Report on vaccination in Madras 1904-1921 - 1904-1921
Year: 1904
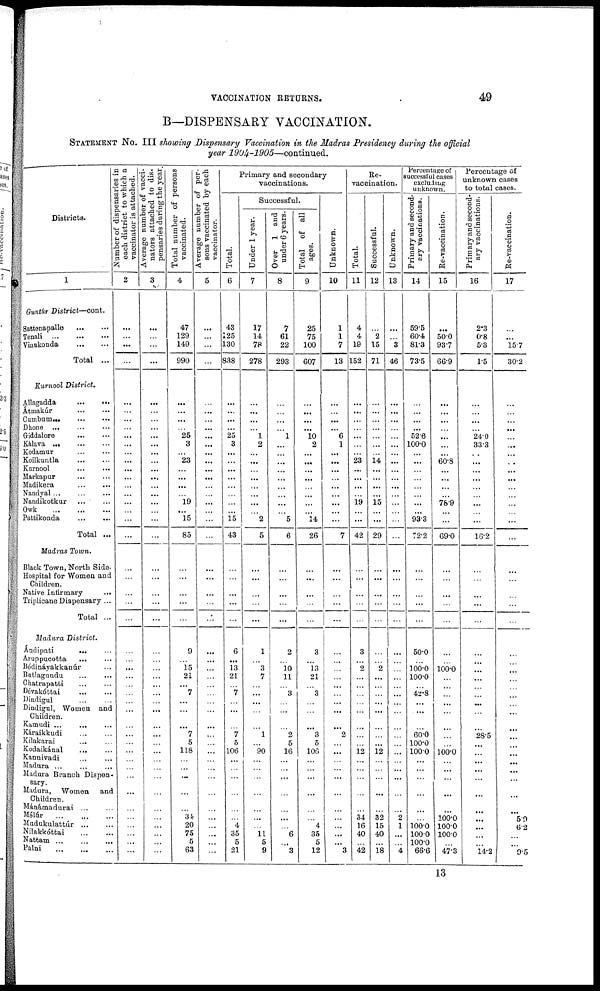
VACCINATION RETURNS.
49
B—DISPENSARY VACCINATION.
STATEMENT NO. III showing Dispensary Vaccination in the Madras Presidency during the official
year
1904-1905—continued.
Districts.
1
Guntúr District—cont.
Sattenapalle ... ...
Tenali
...
...
...
Vinukonda
...
...
Total ...
Kurnool District.
Allagadda
...
...
Àtmakúr
...
...
Cumbum
...
...
Dhone ... ... ...
Giddalore
...
...
Kálava
...
...
...
Kodamur ... ...
Koilkantla
... ...
Kurnool
...
...
Markapur ... ...
Madikera
...
...
Nandyal ... ... ...
Nandikotkur ... ...
Owk ... ... ...
Pattikonda
...
...
Total ...
Madras Town.
Black Town, North Side
Hospital for Women and
Children.
Native Intirmary
...
Triplicane Dispensary ...
Total ...
Madura District.
Ándipati
... ...
Aruppucotta
... ...
Bódináyakkanúr ...
Butlagundu
...
...
Ghatrapatti ... ...
Dévakóttai ... ...
Dindigul ... ...
Dindigul, Women and
Children.
Kamudi ...
... ...
Káraikkudi ... ...
Kílakarai
... ...
Kodaikánal ... ...
Kannivadi ... ...
Madura ... ... ...
Madura Branch Diapen¬
sary.
Madura, Women and
Children.
Mánámadurai ... ...
Mélúr
...
...
...
Mudukulattúr ... ...
Nilakkóttai ... ...
Nattam ... ... ...
Palni ... ... ...
Number of dispensaries in
each district to which a
vaccinator is attached.
2
...
...
...
...
...
...
...
...
...
...
...
...
...
...
...
...
...
...
...
...
...
...
...
...
...
...
...
...
...
...
...
...
...
...
...
...
...
...
...
...
...
...
...
...
...
...
...
Average number of vacci-
nators attached to dis¬
pensaries during the year.
3
...
...
...
...
...
...
...
...
...
...
...
...
...
...
...
...
...
...
...
...
...
...
...
...
...
...
...
...
...
...
...
...
...
...
...
...
...
...
...
...
...
...
...
...
...
...
...
Total number of persons
vaccinated.
4
47
129
149
990
...
...
...
...
25
3
...
23
...
...
...
...
19
...
15
85
...
...
...
...
...
9
...
15
21
...
7
...
...
...
7
5
118
...
...
...
...
...
34
20
75
5
63
Average number of per¬
sons vaccinated by each
vaccinator.
5
...
...
...
...
...
...
...
...
...
...
...
...
...
...
...
...
...
...
...
...
...
...
...
...
...
...
...
...
...
...
...
...
...
...
...
...
...
...
...
...
...
...
...
...
...
...
Primary and secondary
vaccinations.
Total.
6
43
125
130
838
...
...
...
...
25
3
...
...
...
...
...
...
...
...
15
43
...
...
...
...
...
6
...
13
21
...
7
...
...
...
7 5
106
...
...
...
...
...
...
4
35
5
21
Successful.
Under 1 year.
7
17
14
78
278
...
...
...
...
1
2
...
...
...
...
...
...
...
...
2
5
...
...
...
...
...
1
...
3
7
...
...
...
...
...
1
...
90
...
...
...
...
...
...
...
11
5
9
Over 1 and
under 6 years.
8
7
61
22
293
...
...
...
...
l
...
...
...
...
...
...
...
...
...
5
6
...
...
...
...
...
2
...
10
11
...
3
...
...
...
2
5
16
...
...
...
...
...
...
...
6
...
3
Total of all
ages.
9
25
75
100
607
...
...
...
...
10
2
...
...
...
...
...
...
...
...
14
26
...
...
...
...
...
3
...
13
21
...
3
...
...
...
3
5
106
...
...
...
...
...
...
4
35
5
12
Unknown.
10
1
1
7
13
...
...
...
...
6
1
...
...
...
...
...
...
...
...
...
7
...
...
...
...
...
...
...
...
...
...
...
...
...
...
2
...
...
...
...
...
...
...
...
...
...
...
3
Re¬
vaccination.
Total.
11
4
4
19
152
...
...
...
...
...
...
...
23
...
...
...
...
19
...
...
42
...
...
...
...
...
3
...
2
...
...
...
...
...
...
...
...
12
...
...
...
...
...
34
16
40
...
42
Successful.
12
...
2
15
71
...
...
...
...
...
...
...
14
...
...
...
...
15
...
...
29
...
...
...
...
...
...
...
2
...
...
...
...
...
...
...
...
12
...
...
...
...
...
32
15
40
...
18
Unknown.
13
...
...
3
46
...
...
...
...
...
...
...
...
...
...
...
...
...
...
...
...
...
...
...
...
...
...
...
...
...
...
...
...
...
...
...
...
...
...
...
...
...
...
2
1
...
...
4
Percentage of
successful cases
excluding
unknown.
Primary and second-
ary vaccinations.
14
59.5
60.4
81.3
73.5
...
...
...
...
52.6
100.0
...
...
...
...
...
...
...
...
93.3
72.2
...
...
...
...
...
50.0
...
100.0
100.0
...
42.8
...
...
...
60.0
100.0
100.0
...
...
...
...
...
...
100.0
100.0
100.0
66.6
Re-vaccination.
15
...
50.0
93.7
66.9
...
...
...
...
...
...
...
60.8
...
...
...
...
78.9
...
...
69.0
...
...
...
...
...
...
...
100.0
...
...
...
...
...
...
...
...
100.0
...
...
...
...
...
100.0
100.0
100.0
...
47.3
Percentage of
unknown cases
to total cases.
Primary and second-
ary vaccinations.
16
2.3
0.8
5.3
1.5
...
...
...
...
24.0
33.3
...
...
...
...
...
...
...
...
...
16.2
...
...
...
...
...
...
...
...
...
...
...
...
...
...
28.5
...
...
...
...
...
...
...
...
...
...
...
14.2
Re-vaccination.
17
...
...
15.7
30.2
...
...
...
...
...
...
...
...
...
...
...
...
...
...
...
...
...
...
...
...
...
...
...
...
...
...
...
...
...
...
...
...
...
...
...
...
...
...
5.9
6.2
...
...
9.5
13